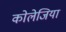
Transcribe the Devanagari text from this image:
कोलेजिया